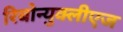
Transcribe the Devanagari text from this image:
रिबोन्युक्लीएज